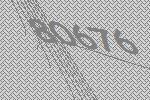
80676